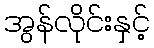
အွန်လိုင်းနှင့်